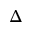
\Delta